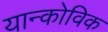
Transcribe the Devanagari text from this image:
यान्कोविक